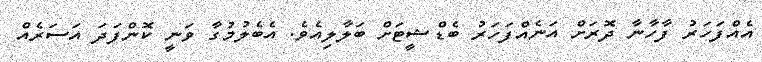
އެއްފަހަރު ފާހާނާ ދޮރަށް އަނެއްފަހަރު ބެޑްޝީޓަށް ބަލާލިއެވެ. އެބެލުމުގާ ވަނީ ކޮންފަދަ އަސަރެއް